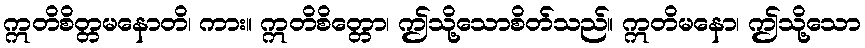
ဣတိစိတ္တမနောတိ၊ ကား။ ဣတိစိတ္တော၊ ဤသို့သောစိတ်သည်။ ဣတိမနော၊ ဤသို့သော